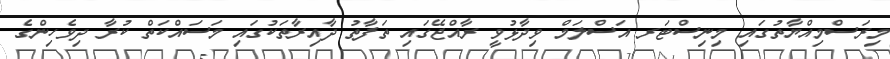
މިރަސްމިއްޔާތުގައި މިނިސްޓަރ އަސްލަމް ވިދާޅުވީ ރާއްޖޭގައި ތަފާތު ދާއިރާތަކުގައި މަސައްކަތް ކުރާ ދިވެހިންގެ